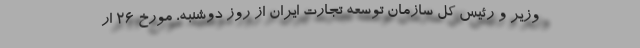
وزیر و رئیس کل سازمان توسعه تجارت ایران از روز دوشنبه، مورخ ۲۶ ار